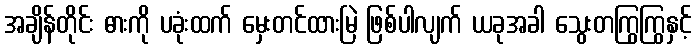
အချိန်တိုင်း ဓားကို ပခုံးထက် မှေးတင်ထားမြဲ ဖြစ်ပါလျက် ယခုအခါ သွေးတကြွကြွနှင့်